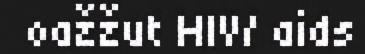
oažžut HIV/ aids